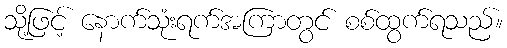
သို့ဖြင့် နောက်သုံးရက်အကြာတွင် စစ်ထွက်ရသည်။